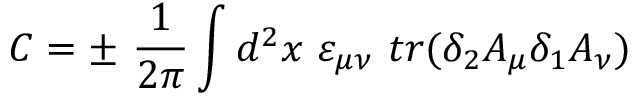
C = \pm \ { \frac { 1 } { 2 \pi } } \int d ^ { 2 } x \ \varepsilon _ { \mu \nu } \ t r ( \delta _ { 2 } A _ { \mu } \delta _ { 1 } A _ { \nu } )